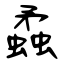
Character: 蟊